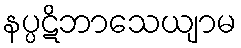
နပ္ပဋိဘာသေယျာမ